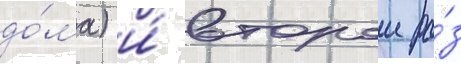
до́ма) и́ второи ра́з